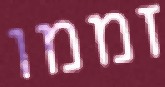
זממו